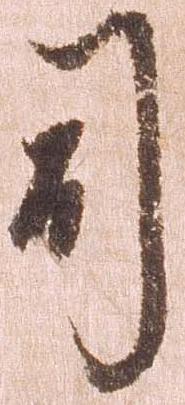
司